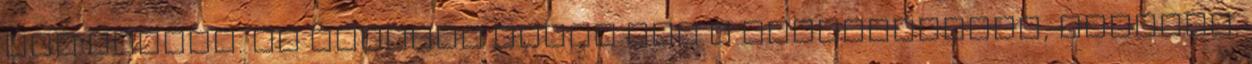
nem elemez. Ez ugyanis benne van a munkakörében, elvileg.